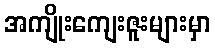
အကျိုးကျေးဇူးများမှာ